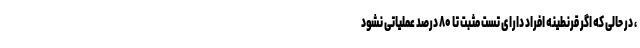
، در حالی که اگر قرنطینه افراد دارای تست مثبت تا ۸۰ درصد عملیاتی نشود